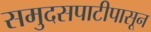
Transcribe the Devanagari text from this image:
समुदसपाटीपासून